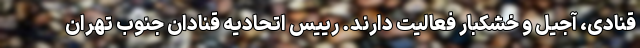
قنادی، آجیل و خشکبار فعالیت دارند. رییس اتحادیه قنادان جنوب تهران